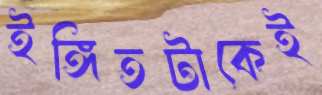
ইঙ্গিতটাকেই